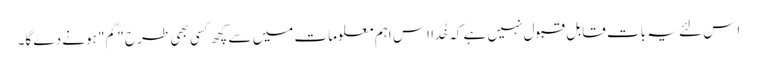
اِس لئے یہ بات قابلِ قبول نہیں ہے کہ خُدا اِس اہم معلومات میں سے کچھ کسی بھی طرح "گم" ہونے دے گا۔